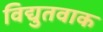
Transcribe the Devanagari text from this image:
विद्युतवाक